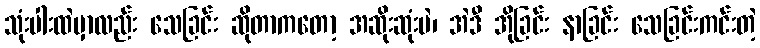
သုံးပါးထဲမှာလည်း သေခြင်း ဆိုတာကတော့ အဆိုးဆုံးပဲ၊ အဲဒီ အိုခြင်း နာခြင်း သေခြင်းကင်းတဲ့